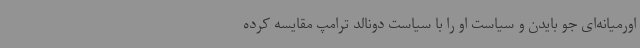
اورمیانه‌ای جو بایدن و سیاست او را با سیاست دونالد ترامپ مقایسه کرده